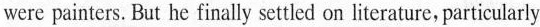
were painters. But he finally settled on literature，particularly